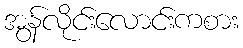
အွန်လိုင်းလောင်းကစား